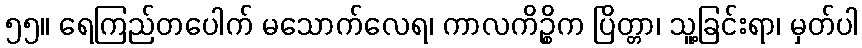
၅၅။ ရေကြည်တပေါက် မသောက်လေရ၊ ကာလကိဉ္စိက ပြိတ္တာ၊ သူ့ခြင်းရာ၊ မှတ်ပါ